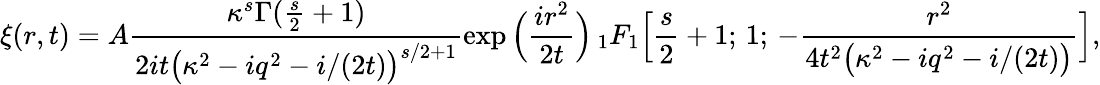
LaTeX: \xi(r,t)=A\frac{\kappa^{s}\Gamma(\frac{s}{2}+1)}{2it\big(\kappa^{2}-iq^{2}-i/(2t)\big)^{s/2+1}}\exp\Big(\frac{ir^{2}}{2t}\Big)\, _{1}F_{1}\Big[\frac{s}{2}+1;\, 1;\, -\frac{r^{2}}{4t^{2}\big(\kappa^{2}-iq^{2}-i/(2t)\big)}\Big],